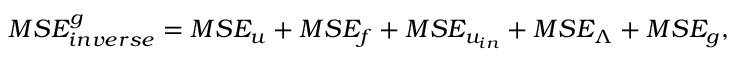
M S E _ { i n v e r s e } ^ { g } = M S E _ { u } + M S E _ { f } + M S E _ { u _ { i n } } + M S E _ { \boldsymbol { \Lambda } } + M S E _ { g } ,